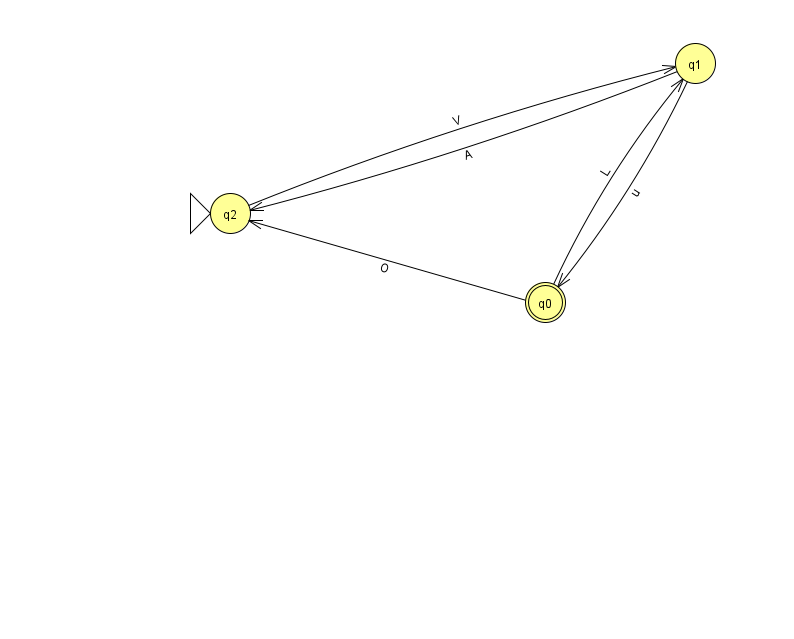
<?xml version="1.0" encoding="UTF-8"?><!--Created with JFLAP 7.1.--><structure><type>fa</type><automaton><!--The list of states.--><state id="0" name="q0"><x>545.0</x><y>289.0</y><final/></state><state id="1" name="q1"><x>695.0</x><y>50.0</y></state><state id="2" name="q2"><x>230.0</x><y>200.0</y><initial/></state><!--The list of transitions.--><transition><from>0</from><to>1</to><read>L</read></transition><transition><from>2</from><to>1</to><read>V</read></transition><transition><from>0</from><to>2</to><read>O</read></transition><transition><from>1</from><to>0</to><read>u</read></transition><transition><from>1</from><to>2</to><read>A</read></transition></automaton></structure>